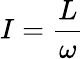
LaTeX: I={\frac{L}{\omega}}